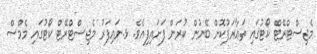
މެޖިސްޓްރޭޓް ކޯޓުގައި ތަޢާރަފުކޮށް ބޭނުން ކުރަން ފަށައިފިއެވެ. ޅ.ނައިފަރު މެޖިސްޓްރޭޓް ކޯޓުގައި މެމްސް